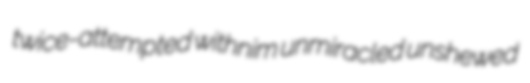
twice-attempted withnim unmiracled unshewed